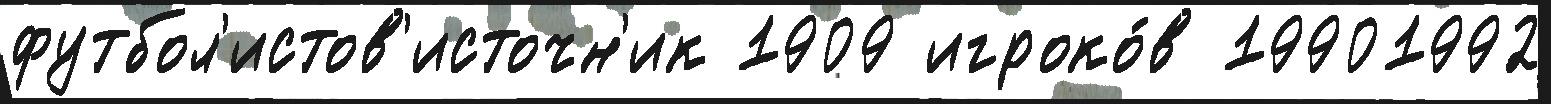
футбол'истов'источн'ик 1909 игроко́в 19901992